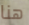
هنا